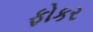
ફોકર